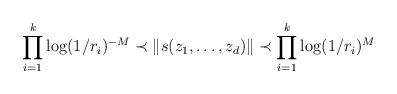
LaTeX: \begin{align*} \prod_{i=1}^{k}\log(1/r_{i})^ {-M}\prec \|s(z_{1},\dots,z_{d})\|\prec\prod_{i=1}^{k}\log(1/r_{i})^ {M} \end{align*}